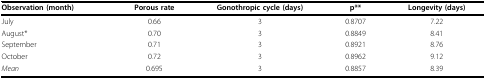
<table><thead><tr><td><b>Observation (month)</b></td><td><b>Porous rate</b></td><td><b>Gonothropic cycle (days)</b></td><td><b>p**</b></td><td><b>Longevity (days)</b></td></tr></thead><tbody><tr><td>July</td><td>0.66</td><td>3</td><td>0.8707</td><td>7.22</td></tr><tr><td>August*</td><td>0.70</td><td>3</td><td>0.8849</td><td>8.41</td></tr><tr><td>September</td><td>0.71</td><td>3</td><td>0.8921</td><td>8.76</td></tr><tr><td>October</td><td>0.72</td><td>3</td><td>0.8962</td><td>9.12</td></tr><tr><td><i>Mean</i></td><td>0.695</td><td>3</td><td>0.8857</td><td>8.39</td></tr></tbody></table>